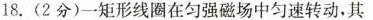
18.(2分)一矩形线圈在匀强磁场中匀速转动，其